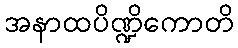
အနာထပိဏ္ဍိကောတိ